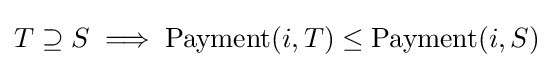
T\supseteq S\implies {\text{Payment}}(i,T)\leq {\text{Payment}}(i,S)